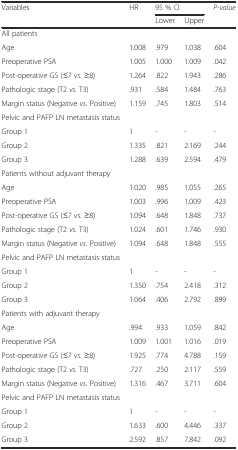
<table><thead><tr><td rowspan="2"><b>Variables</b></td><td rowspan="2"><b>HR</b></td><td colspan="2"><b>95 % CI</b></td><td rowspan="2"><b><i>P-value</i></b></td></tr><tr><td><b>Lower</b></td><td><b>Upper</b></td></tr></thead><tbody><tr><td>All patients</td><td></td><td></td><td></td><td></td></tr><tr><td>Age</td><td>1.008</td><td>.979</td><td>1.038</td><td>.604</td></tr><tr><td>Preoperative PSA</td><td>1.005</td><td>1.000</td><td>1.009</td><td>.042</td></tr><tr><td>Post-operative GS (≤7 <i>vs.</i> ≥8)</td><td>1.264</td><td>.822</td><td>1.943</td><td>.286</td></tr><tr><td>Pathologic stage (T2 <i>vs.</i> T3)</td><td>.931</td><td>.584</td><td>1.484</td><td>.763</td></tr><tr><td>Margin status (Negative <i>vs.</i> Positive)</td><td>1.159</td><td>.745</td><td>1.803</td><td>.514</td></tr><tr><td>Pelvic and PAFP LN metastasis status</td><td></td><td></td><td></td><td></td></tr><tr><td>Group 1</td><td>1</td><td>-</td><td>-</td><td>-</td></tr><tr><td>Group 2</td><td>1.335</td><td>.821</td><td>2.169</td><td>.244</td></tr><tr><td>Group 3</td><td>1.288</td><td>.639</td><td>2.594</td><td>.479</td></tr><tr><td>Patients without adjuvant therapy</td><td></td><td></td><td></td><td></td></tr><tr><td>Age</td><td>1.020</td><td>.985</td><td>1.055</td><td>.265</td></tr><tr><td>Preoperative PSA</td><td>1.003</td><td>.996</td><td>1.009</td><td>.423</td></tr><tr><td>Post-operative GS (≤7 <i>vs.</i> ≥8)</td><td>1.094</td><td>.648</td><td>1.848</td><td>.737</td></tr><tr><td>Pathologic stage (T2 <i>vs.</i> T3)</td><td>1.024</td><td>.601</td><td>1.746</td><td>.930</td></tr><tr><td>Margin status (Negative <i>vs.</i> Positive)</td><td>1.094</td><td>.648</td><td>1.848</td><td>.555</td></tr><tr><td>Pelvic and PAFP LN metastasis status</td><td></td><td></td><td></td><td></td></tr><tr><td>Group 1</td><td>1</td><td>-</td><td>-</td><td>-</td></tr><tr><td>Group 2</td><td>1.350</td><td>.754</td><td>2.418</td><td>.312</td></tr><tr><td>Group 3</td><td>1.064</td><td>.406</td><td>2.792</td><td>.899</td></tr><tr><td>Patients with adjuvant therapy</td><td></td><td></td><td></td><td></td></tr><tr><td>Age</td><td>.994</td><td>.933</td><td>1.059</td><td>.842</td></tr><tr><td>Preoperative PSA</td><td>1.009</td><td>1.001</td><td>1.016</td><td>.019</td></tr><tr><td>Post-operative GS (≤7 <i>vs.</i> ≥8)</td><td>1.925</td><td>.774</td><td>4.788</td><td>.159</td></tr><tr><td>Pathologic stage (T2 <i>vs.</i> T3)</td><td>.727</td><td>.250</td><td>2.117</td><td>.559</td></tr><tr><td>Margin status (Negative <i>vs.</i> Positive)</td><td>1.316</td><td>.467</td><td>3.711</td><td>.604</td></tr><tr><td>Pelvic and PAFP LN metastasis status</td><td></td><td></td><td></td><td></td></tr><tr><td>Group 1</td><td>1</td><td>-</td><td>-</td><td>-</td></tr><tr><td>Group 2</td><td>1.633</td><td>.600</td><td>4.446</td><td>.337</td></tr><tr><td>Group 3</td><td>2.592</td><td>.857</td><td>7.842</td><td>.092</td></tr></tbody></table>